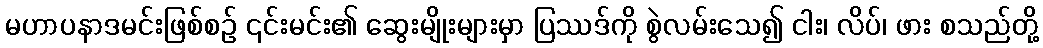
မဟာပနာဒမင်းဖြစ်စဉ် ၎င်းမင်း၏ ဆွေးမျိုးများမှာ ပြဿဒ်ကို စွဲလမ်းသေ၍ ငါး၊ လိပ်၊ ဖား စသည်တို့